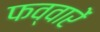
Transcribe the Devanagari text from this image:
फव्वारें